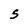
Character: S